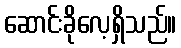
ဆောင်းခိုလေ့ရှိသည်။